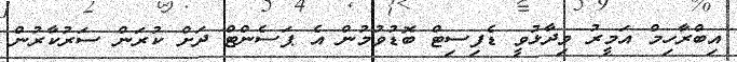
އިބްރާހިމް އަމީރު ވިދާޅުވީ ޑެފިސިޓް ބޮޑުވުމުން އެ ޕަސެންޓް ދަށް ކުރަން ސަރުކާރުން